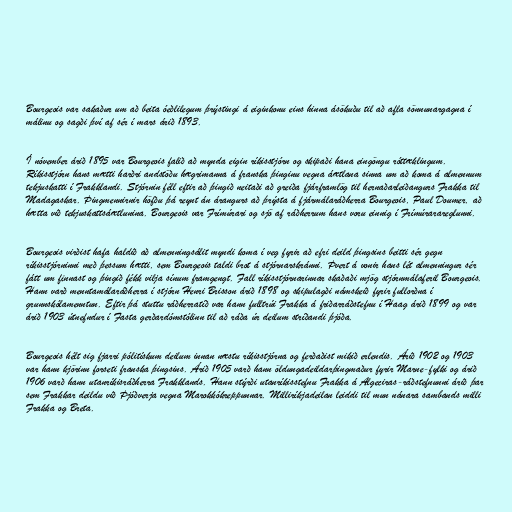
Bourgeois var sakaður um að beita óeðlilegum þrýstingi á eiginkonu eins hinna ásökuðu til að afla sönnunargagna í
málinu og sagði því af sér í mars árið 1893.

Í nóvember árið 1895 var Bourgeois falið að mynda eigin ríkisstjórn og skipaði hana eingöngu róttæklingum.
Ríkisstjórn hans mætti harðri andstöðu hægrimanna á franska þinginu vegna áætlana sinna um að koma á almennum
tekjuskatti í Frakklandi. Stjórnin féll eftir að þingið neitaði að greiða fjárframlög til hernaðarleiðangurs Frakka til
Madagaskar. Þingmennirnir höfðu þá reynt án árangurs að þrýsta á fjármálaráðherra Bourgeois, Paul Doumer, að
hætta við tekjuskattsáætlunina. Bourgeois var Frímúrari og sjö af ráðherrum hans voru einnig í Frímúrarareglunni.

Bourgeois virðist hafa haldið að almenningsálit myndi koma í veg fyrir að efri deild þingsins beitti sér gegn
ríkisstjórninni með þessum hætti, sem Bourgeois taldi brot á stjórnarskránni. Þvert á vonir hans lét almenningur sér
fátt um finnast og þingið fékk vilja sínum framgengt. Fall ríkisstjórnarinnar skaðaði mjög stjórnmálaferil Bourgeois.
Hann varð menntamálaráðherra í stjórn Henri Brisson árið 1898 og skipulagði námskeið fyrir fullorðna í
grunnskólamenntun. Eftir þá stuttu ráðherratíð var hann fulltrúi Frakka á friðarráðstefnu í Haag árið 1899 og var
árið 1903 útnefndur í Fasta gerðardómstólinn til að ráða úr deilum stríðandi þjóða.

Bourgeois hélt sig fjarri pólitískum deilum innan næstu ríkisstjórna og ferðaðist mikið erlendis. Árið 1902 og 1903
var hann kjörinn forseti franska þingsins. Árið 1905 varð hann öldungadeildarþingmaður fyrir Marne-fylki og árið
1906 varð hann utanríkisráðherra Frakklands. Hann stýrði utanríkisstefnu Frakka á Algeciras-ráðstefnunni árið þar
sem Frakkar deildu við Þjóðverja vegna Marokkókreppunnar. Milliríkjadeilan leiddi til mun nánara sambands milli
Frakka og Breta.